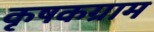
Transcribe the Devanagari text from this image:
कृषकग्राम